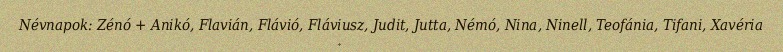
Névnapok: Zénó + Anikó, Flavián, Flávió, Fláviusz, Judit, Jutta, Némó, Nina, Ninell, Teofánia, Tifani, Xavéria